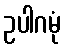
ဥပါဂမုံ